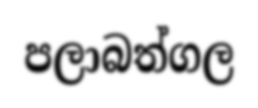
පලාබත්ගල